Leaving Certificate Examination (including Day School Certificate (Higher) General paper), 1932
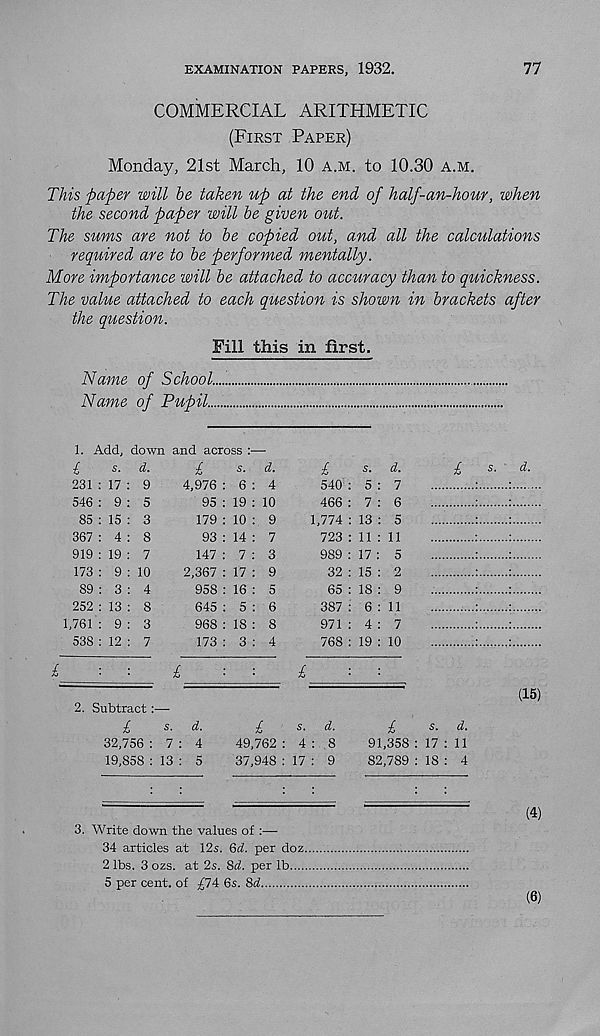
EXAMINATION PAPERS, 1932.
77
COMMERCIAL ARITHMETIC
(First Paper)
Monday, 21st March, 10 a.m. to 10.30 a.m.
This paper will he taken up at the end of half-an-hour, when
the second paper will he given out.
The sums are not to be copied out, and all the calculations
required are to be performed mentally.
More importance will be attached to accuracy than to quickness.
The value attached to each question is shown in brackets after
the question.
Fill this in first.
Name of School.....
Name of Pupil
1. Add, down
i
s-
231 : 17
546 : 9
85 : 15
367 : 4
919 : 19
173 : 9
89 : 3
252 : 13
1,761 : 9
538 : 12
d.
9
5
3
8
7
10
4
8
3
7
and across :
£
s-
4,976 : 6
95 : 19
179 : 10
93 : 14
147 : 7
2,367 : 17
958 : 16
645 : 5
968 : 18
173 : 3
d.
4
10
9
7
3
9
5
6
8
4
£
540
466
1,774
723
989
32
65
387
971
768
s. d.
5 : 7
7 : 6
13 : 5
11 : 11
17: 5
15 : 2
18 : 9
6 : 11
4 : 7
19 : 10
2. Subtract:—•
£
s. d.
32,756 : 7 : 4
19,858 : 13 : 5
£
s. d.
49,762 : 4 : 8
37,948 : 17 : 9
£
s. d.
91,358 : 17 : 11
82,789 : 18 : 4
(15)
(4)
3. Write down the values of :—
34 articles at 12s. Qd. per doz.
2 lbs. 3 ozs. at 2s. 8d. per lb....
5 per cent, of £1A 6s. Sd
(6)